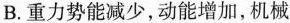
B.重力势能减少，动能增加，机械